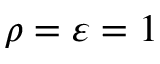
\rho = \varepsilon = 1